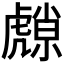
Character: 𮓮